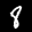
Label: 8